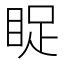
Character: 𱲹